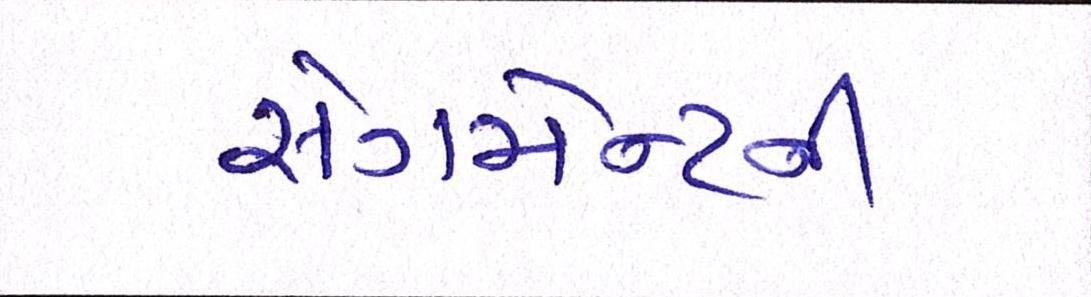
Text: સેગમેન્ટની